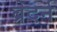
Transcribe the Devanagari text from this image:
ब्रेदर्न